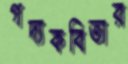
গদ্যকবিতার